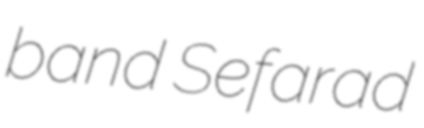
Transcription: band Sefarad